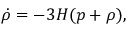
\dot { \rho } = - 3 H ( p + \rho ) ,